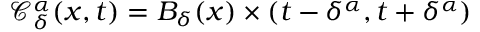
\mathcal { C } _ { \delta } ^ { \alpha } ( x , t ) = B _ { \delta } ( x ) \times ( t - \delta ^ { \alpha } , t + \delta ^ { \alpha } )